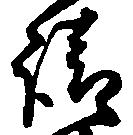
請